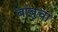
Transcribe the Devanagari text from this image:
बांबुचा